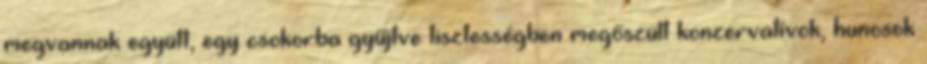
megvannak együtt, egy csokorba gyűjtve tisztességben megőszült konzervatívok, hunosok